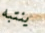
ينتبه